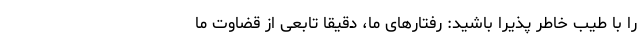
را با طیب خاطر پذیرا باشید: رفتارهای ما، دقیقاً تابعی از قضاوت ما